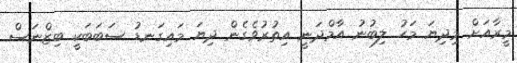
މީރާއަށް މިދިޔަ މަހު ލިބުނު އާމްދަނީ އިތުރުވެގެން ދިޔަ މައިގަނޑު ސަބަބަކީ ބިޒްނަސް